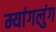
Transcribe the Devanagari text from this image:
म्यांगलुंग